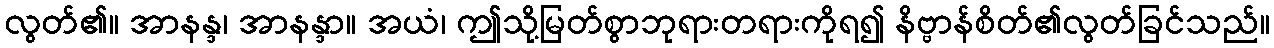
လွတ်၏။ အာနန္ဒ၊ အာနန္ဒာ။ အယံ၊ ဤသို့မြတ်စွာဘုရားတရားကိုရ၍ နိဗ္ဗာန်စိတ်၏လွတ်ခြင်သည်။